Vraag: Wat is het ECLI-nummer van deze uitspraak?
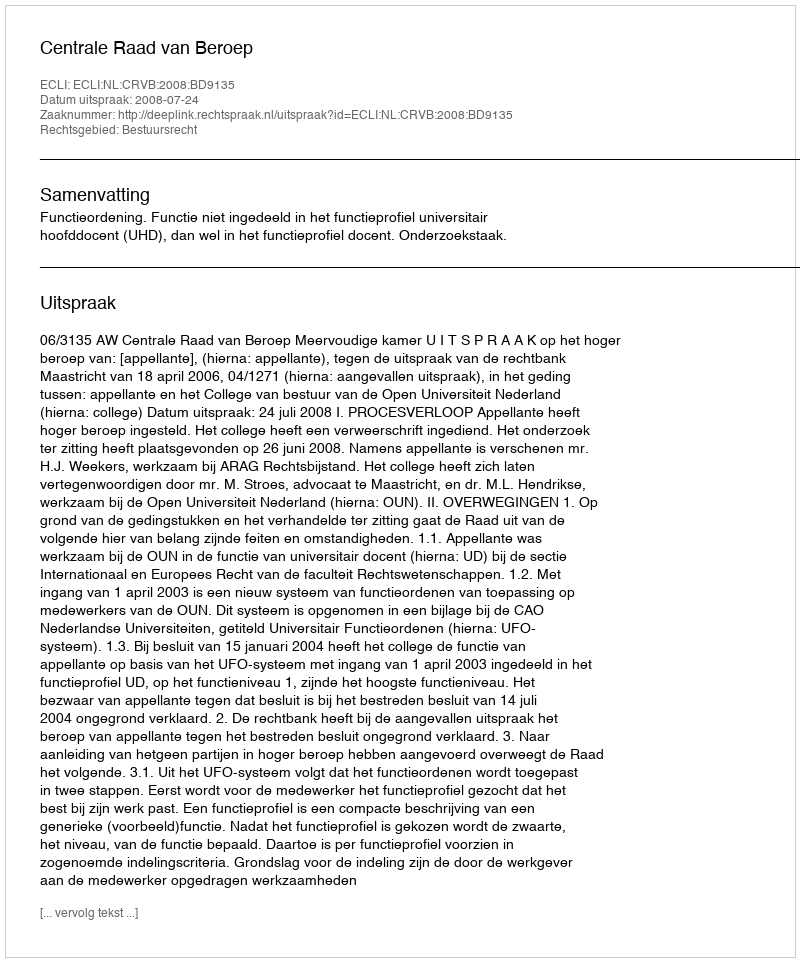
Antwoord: ECLI:NL:CRVB:2008:BD9135